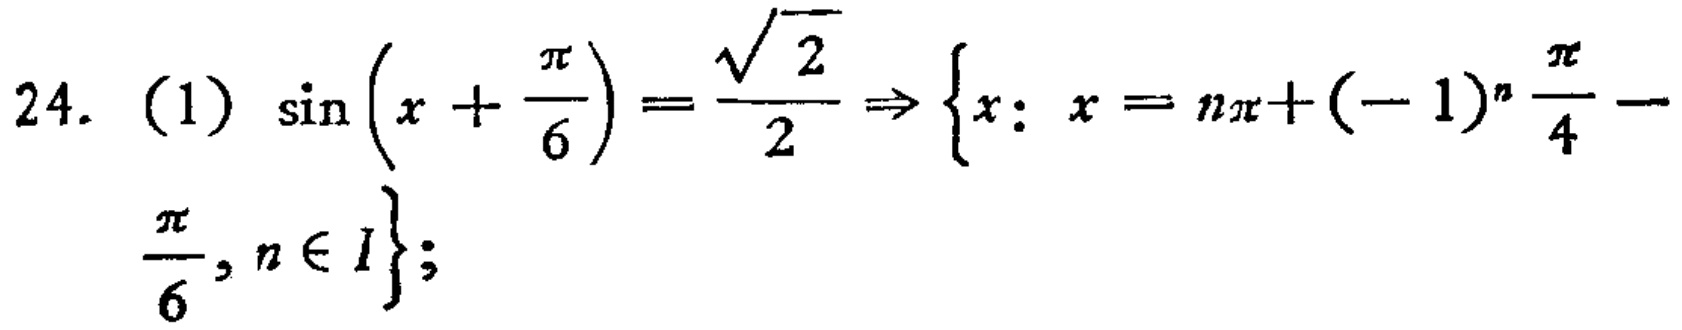
24. (1) \(\sin\left(x + \frac{\pi}{6}\right)=\frac{\sqrt{2}}{2}\Rightarrow\left\{x: x = n\pi+(-1)^{n}\frac{\pi}{4}-\frac{\pi}{6}, n\in I\right\}\);